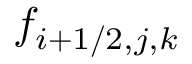
f _ { i + 1 / 2 , j , k }